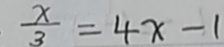
\frac { x } { 3 } = 4 x - 1